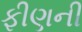
ફીણની